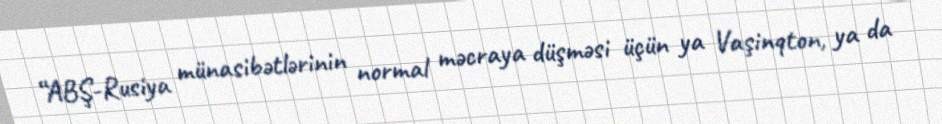
“ABŞ-Rusiya münasibətlərinin normal məcraya düşməsi üçün ya Vaşinqton, ya da